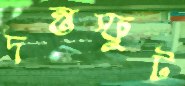
দন্তস্ফুট